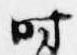
時